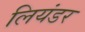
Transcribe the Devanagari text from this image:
लियंडर